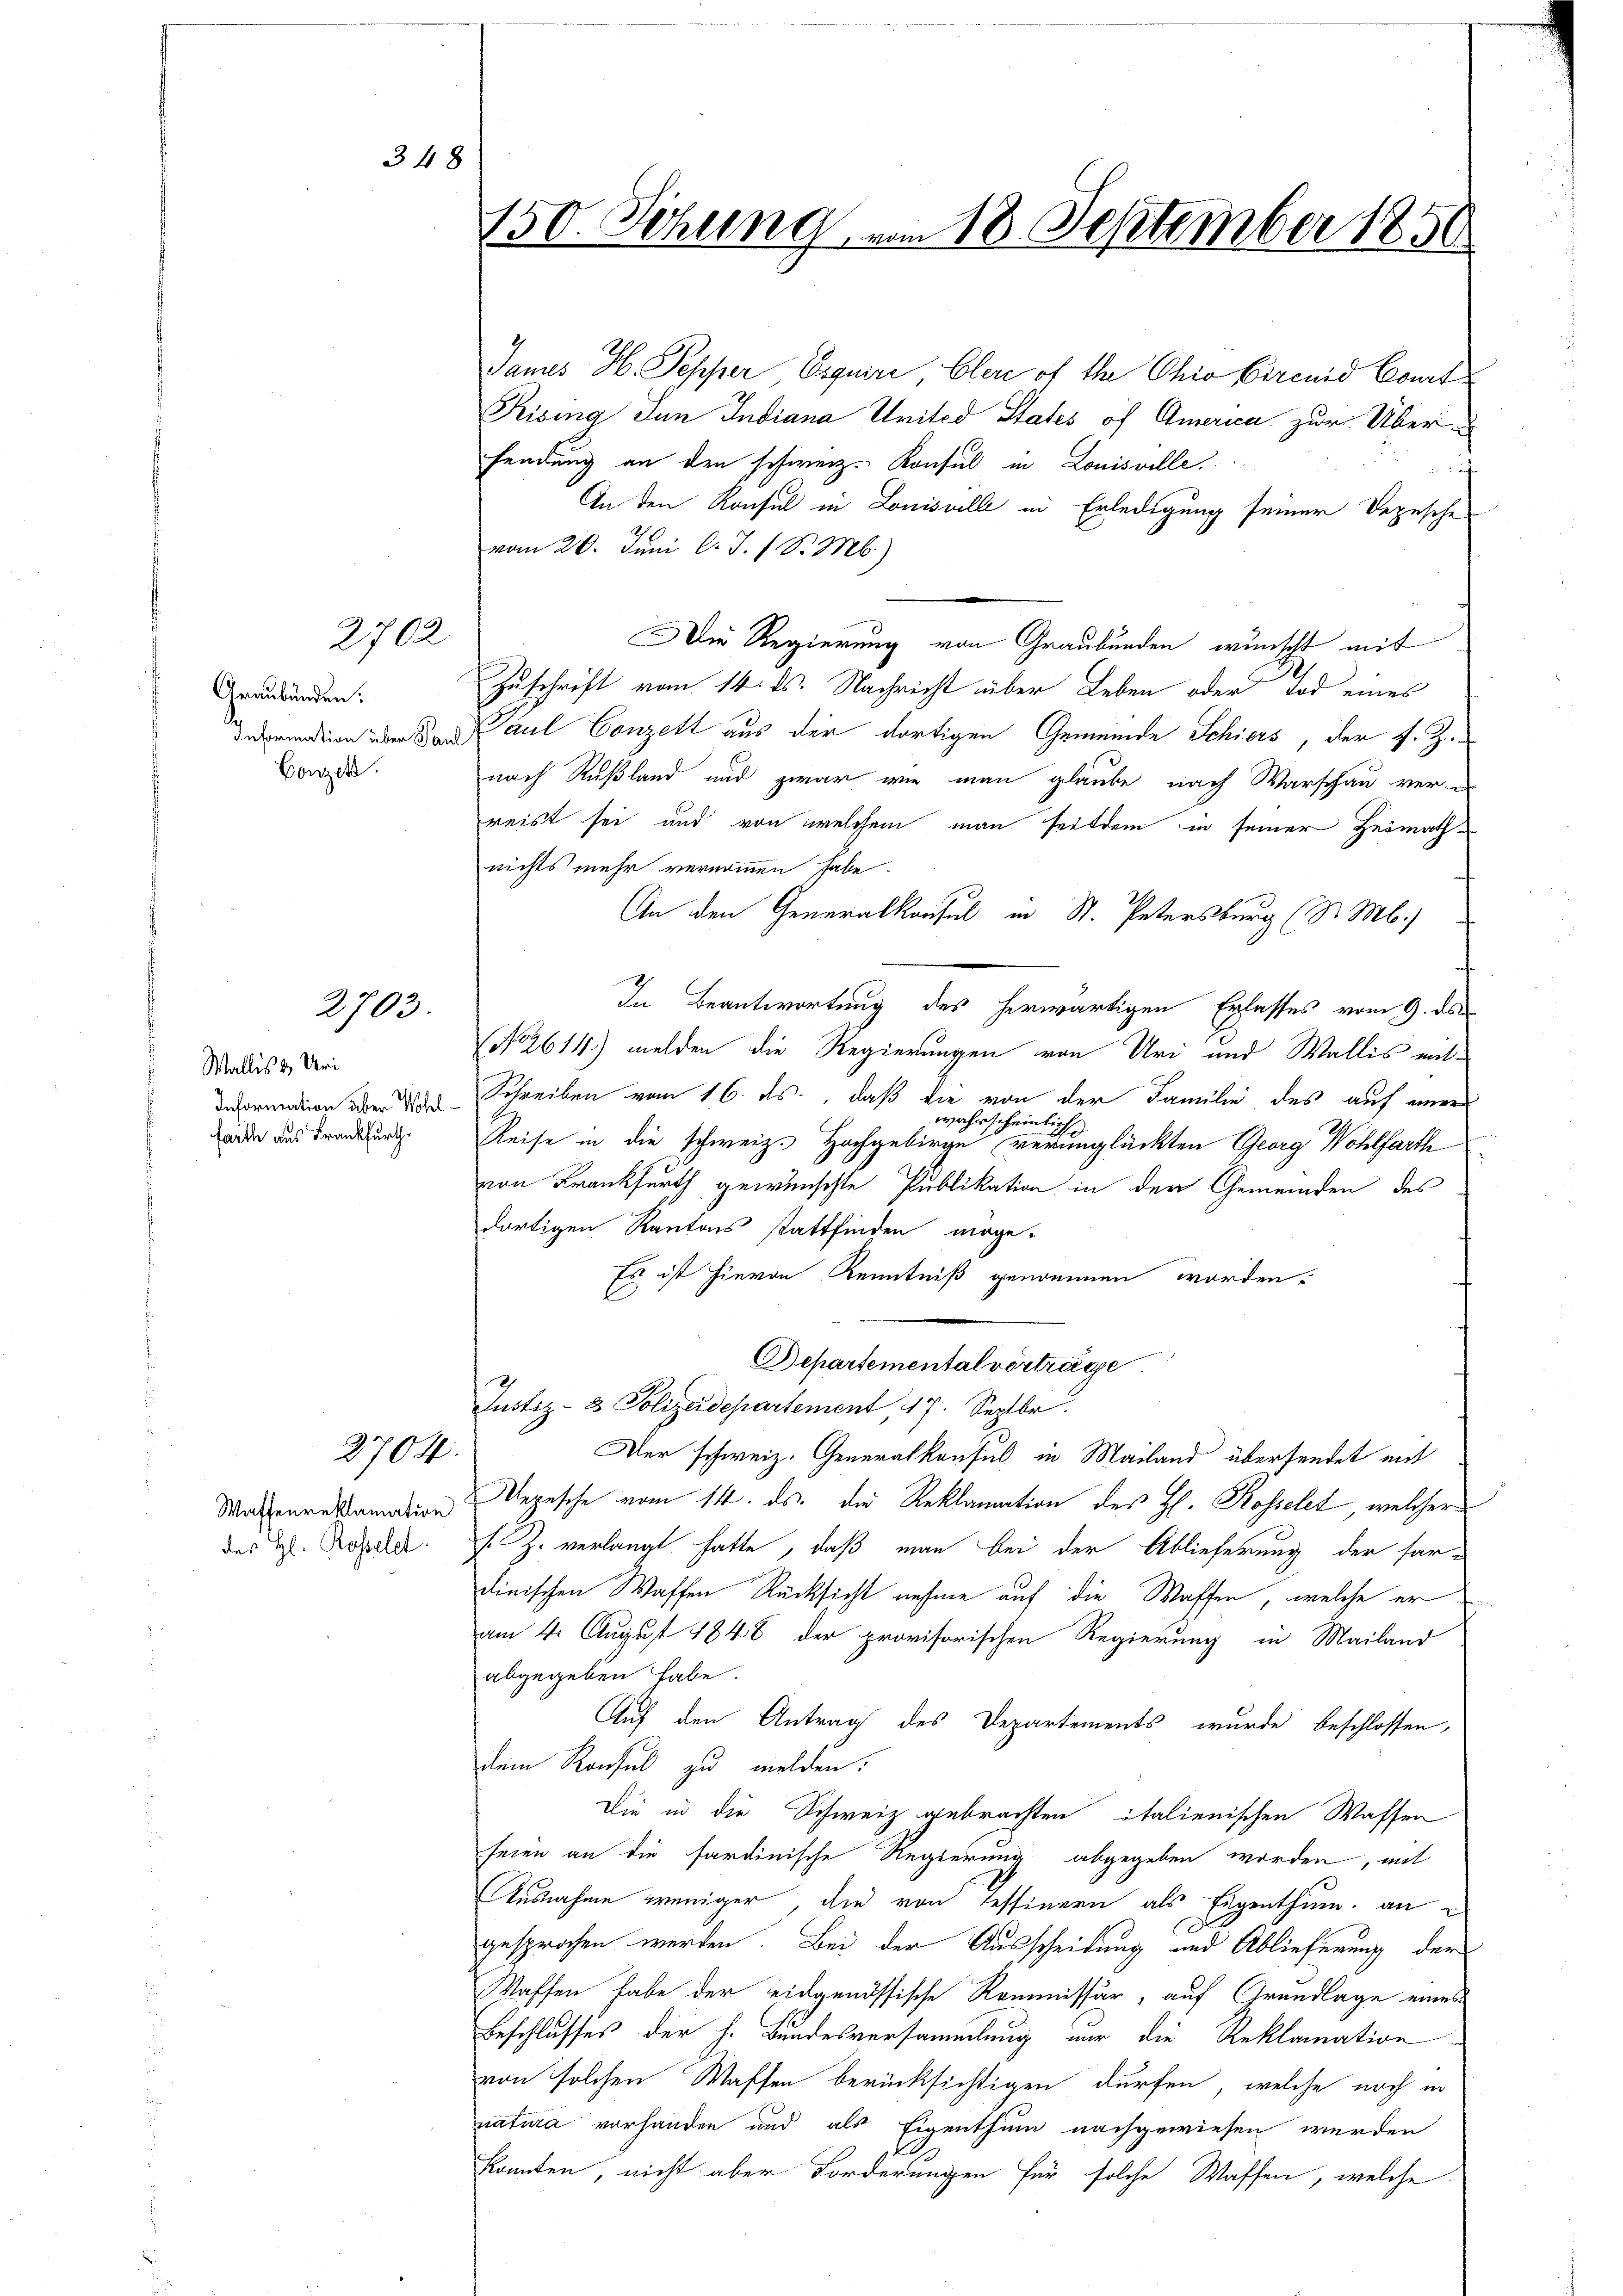
2702

Graubünden.
Information über Paul
Conzek.

2703.

348

Wallis & Uri
Information über Wohlfarthe aus Frankfurth

2704.

des H. Rosselet.

150. Sitzung vom 18. September 1850

James H. Sepper Esquire, Clere of th Chio Circid Court
Rising Jun Indiana United States of America zur Über
fendung an den schweiz. Konsul in Louisville.
f
An den Konsul in Louisville in Erledigung seiner Depesche
vom 20. Juni l. J. (S. Mb.)
Die Regierung von Graubünden wünscht mit
Zuschrift vom 14. ds. Nachricht über Leben oder Tod eines
Paul Conzett aus der dortigen Gemeinde Schiers, der J. Zi
nach Rußland und zwar wie man glaube nach Warschau verreist sei und von welchem man seitdem in seiner Heimathnichts mehr vernommen habe.
An den Generalkonsul in St. Petersburg (S. M.)
In Beantwortung des herwärtigen Erlasses vom 9. ds.
(No. 2614) melden die Regierungen von Uri und Wallis mit¬
Schreiben vom 16. ds., daß die von der Familie des auf einer
wahrscheinlic
Reise in die schweiz. Hochgebirge verunglückten Georg Wohlfarth
von Krankfurth gewünschte Publikation in der Gemeinden des
dortigen Kantons stattfinden moge-
Es ist hievon Kenntniß genommen worden.
Departemental vorträge
Justiz- & Polizeidepartement, 17. Septbr.
Der schweiz. Generalkonsul in Mailand übersendet mit
Maienreklamation Depesche vom 14. ds. die Reklamation des H. Rosselet, welcher
s. Z. verlangt hatte, daß man bei der Ablieferung der fardinischen Waffen Rücksicht nehme auf die Waffen, welche er
am 4. August 1848 der provisorischen Regierung in Mailand
abgegeben habe.
Auf den Antrag des Departements wurde beschlossen,
dem Konsul zu melden.
Die in die Schweiz gebrachten italienischen Wassen
seien an die sardinische Regierung abgegeben worden, mit
Ausnahme weniger, die von Tessinern als Eigenthum, an
gesprochen werden. Bei der Ausscheidung und Ablieferung der
Waffen habe der eidgenössische Kommissär, auf Grundlage eines
Beschlusses der h. Bundesversammlung nur die Reklamation
von solchen Waffen berücksichtigen dürfen, welche noch in
natura vorhanden und als Eigenthum nachgewiesen werden
konnten, nicht aber Forderungen für solche Waffen, welche